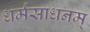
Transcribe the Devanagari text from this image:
धर्मसाधनम्